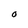
Character: O